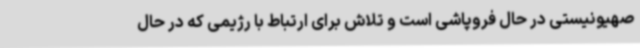
صهیونیستی در حال فروپاشی است و تلاش برای ارتباط با رژیمی که در حال